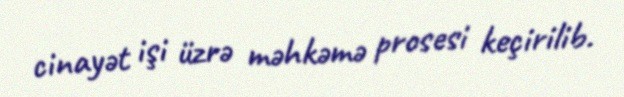
cinayət işi üzrə məhkəmə prosesi keçirilib.